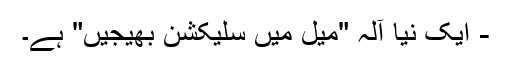
- ایک نیا آلہ "میل میں سلیکشن بھیجیں" ہے۔